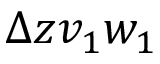
{ \Delta z v _ { 1 } w _ { 1 } }